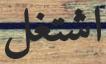
اشتغل